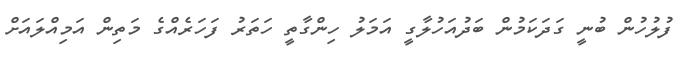
ފުލުހުން ބުނީ ގަދަކަމުން ބަދުއަހުލާގީ އަމަލު ހިންގާތީ ހަތަރު ފަހަރެއްގެ މަތިން އަމިއްލައަށް